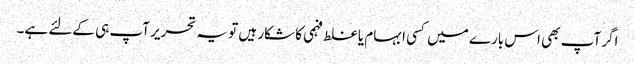
اگر آپ بھی اس بارے میں کسی ابہام یا غلط فہمی کا شکار ہیں تو یہ تحریر آپ ہی کےلئے ہے۔